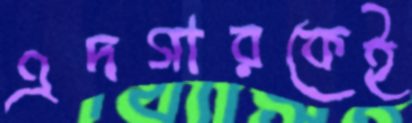
এদগারকেই